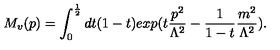
M _ { v } ( p ) = \int _ { 0 } ^ { \frac { 1 } { 2 } } d t ( 1 - t ) e x p ( t \frac { p ^ { 2 } } { \Lambda ^ { 2 } } - \frac { 1 } { 1 - t } \frac { m ^ { 2 } } { \Lambda ^ { 2 } } ) .